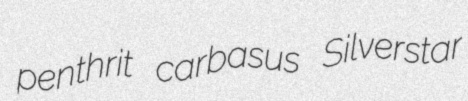
penthrit carbasus Silverstar